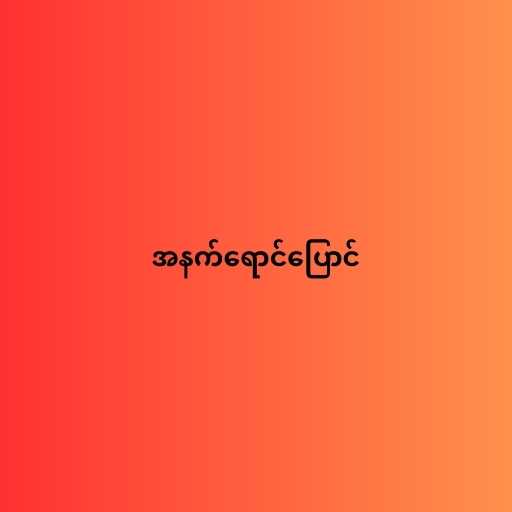
အနက်ရောင်ပြောင်